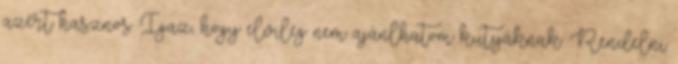
azért hasznos. Igaz, hogy elvileg nem ajánlhatom kutyáknak. Rendelni